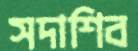
সদাশিব